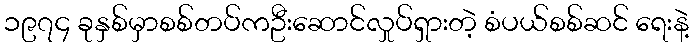
၁၉၇၄ ခုနှစ်မှာစစ်တပ်ကဦးဆောင်လှုပ်ရှားတဲ့ စံပယ်စစ်ဆင် ရေးနဲ့